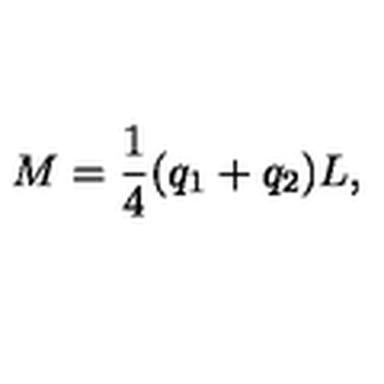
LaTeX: M = { \frac { 1 } { 4 } } ( q _ { 1 } + q _ { 2 } ) L ,